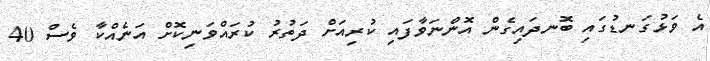
އެ ވަޅުގަނޑުގައި ބޮނދައިގެން އޮންނަވާފައި ކުރިއަށް ދަތުރު ކުރައްވަނިކޮށް އަނެއްކާ ވެސް 40